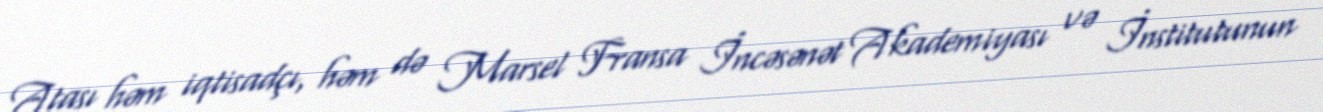
Atası həm iqtisadçı, həm də Marsel Fransa İncəsənət Akademiyası və İnstitutunun